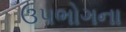
ઉપભોગના